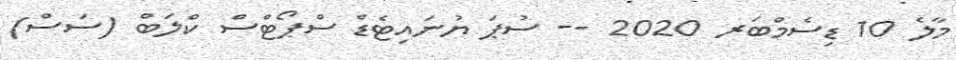
މާލެ 10 ޑިސެމްބަރ 2020 -- ސުޕަ ޔުނައިޓެޑް ސްޕޯޓްސް ކްލަބް (ސަސް)